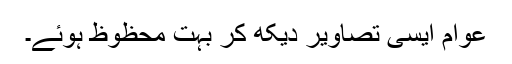
عوام ایسی تصاویر دیکھ کر بہت محظوظ ہوئے۔